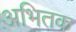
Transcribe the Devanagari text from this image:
अभितक